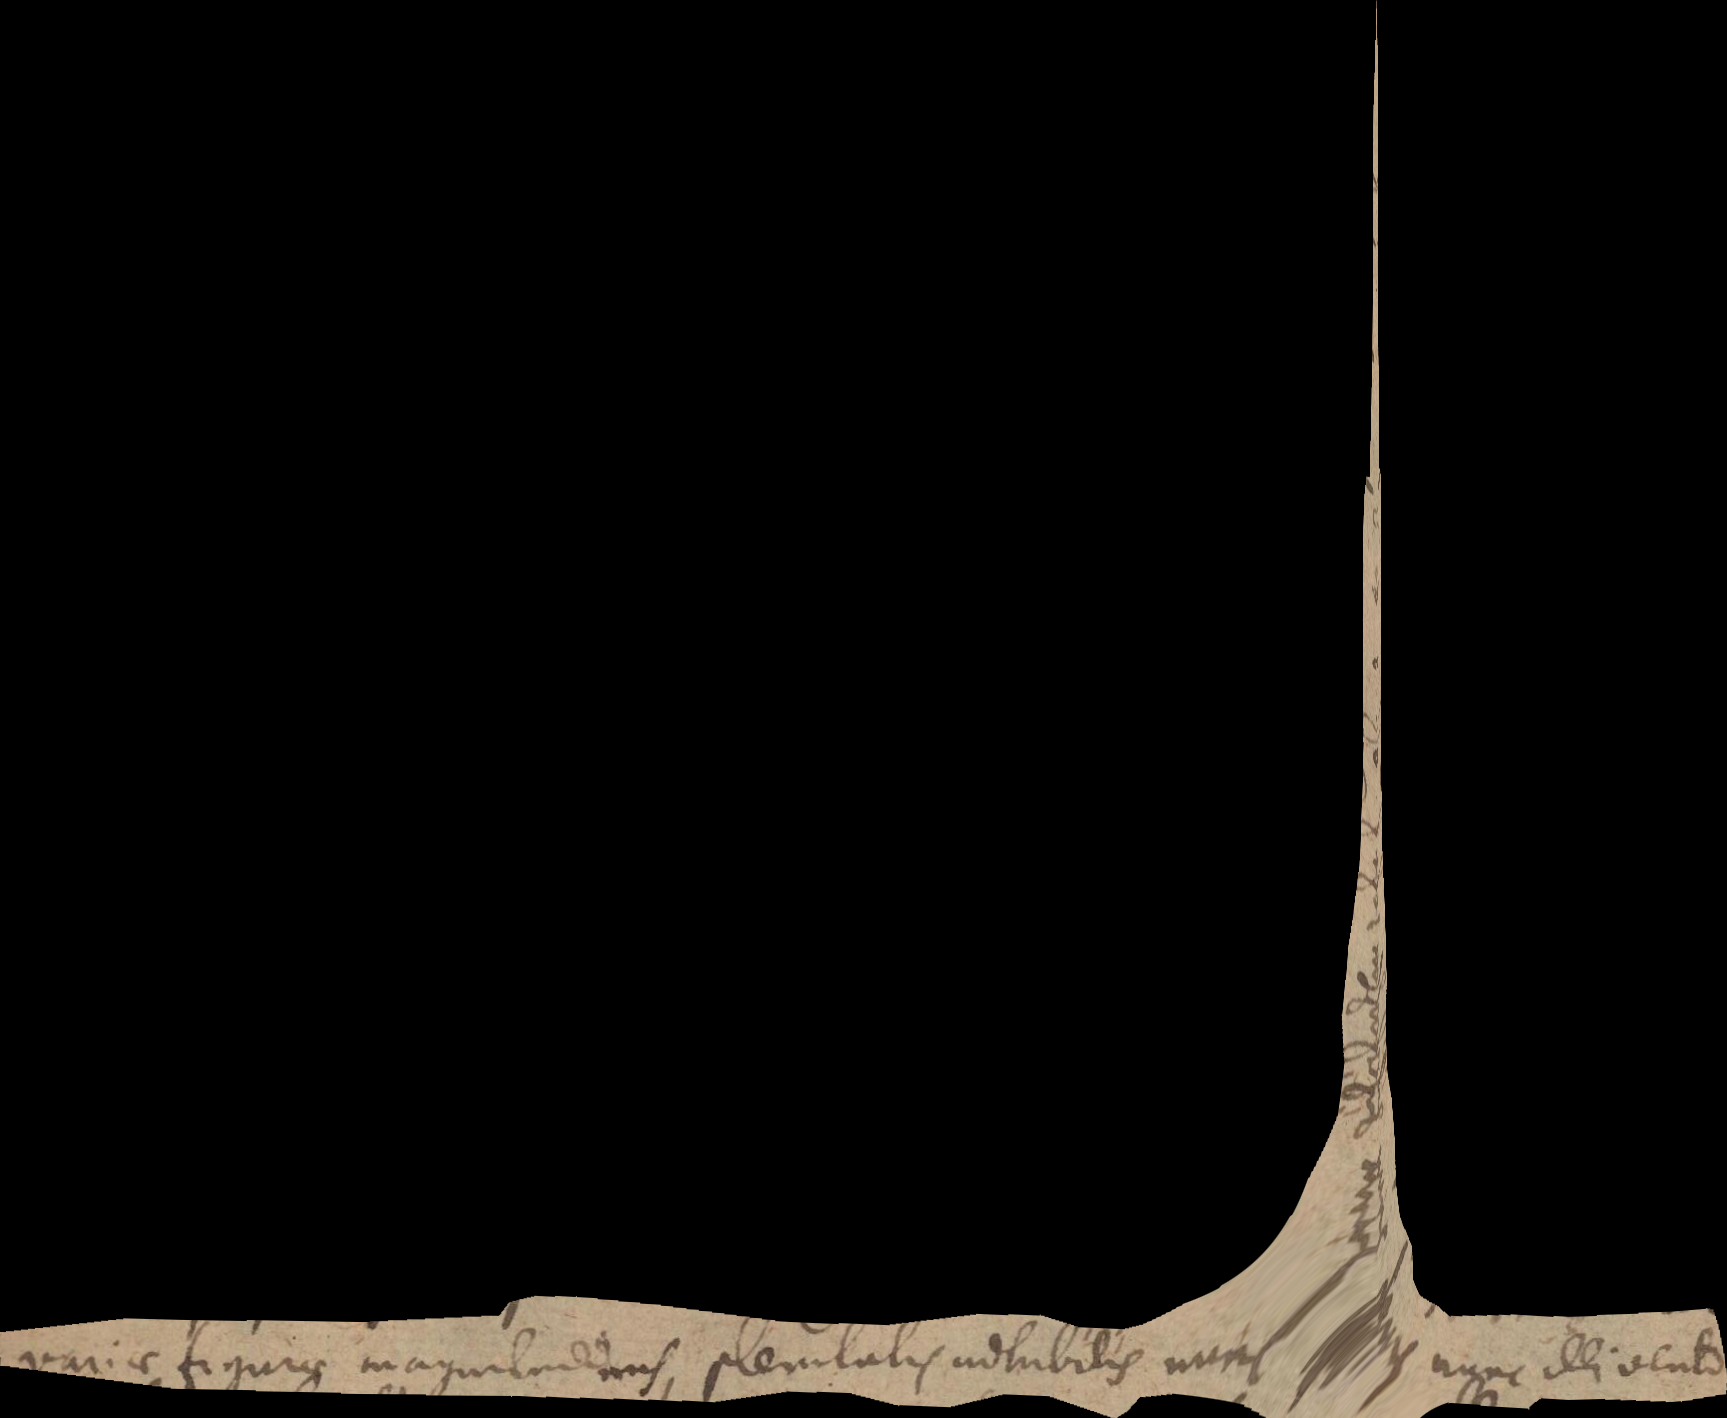
variae figurae magnitudinis, plenitatis adhibitis nunc huic nunc illi vento